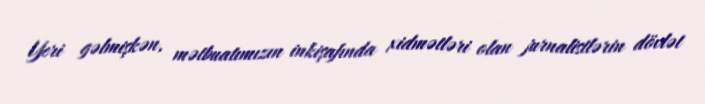
Yeri gəlmişkən, mətbuatımızın inkişafında xidmətləri olan jurnalistlərin dövlət